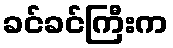
ခင်ခင်ကြီးက